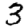
Digit: 3